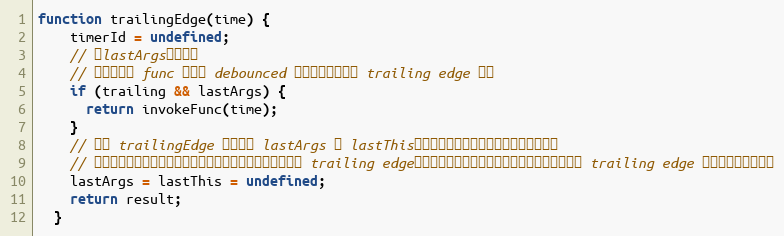
Language: JavaScript
function trailingEdge(time) {
    timerId = undefined;
    // 有lastArgs才执行，
    // 意味着只有 func 已经被 debounced 过一次以后才会在 trailing edge 执行
    if (trailing && lastArgs) {
      return invokeFunc(time);
    }
    // 每次 trailingEdge 都会清除 lastArgs 和 lastThis，目的是避免最后一次函数被执行了两次
    // 举个例子：最后一次函数执行的时候，可能恰巧是前一次的 trailing edge，函数被调用，而这个函数又需要在自己时延的 trailing edge 触发，导致触发多次
    lastArgs = lastThis = undefined;
    return result;
  }